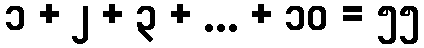
၁ + ၂ + ၃ + ... + ၁၀ = ၅၅